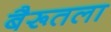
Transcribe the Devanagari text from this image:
बैरूतला